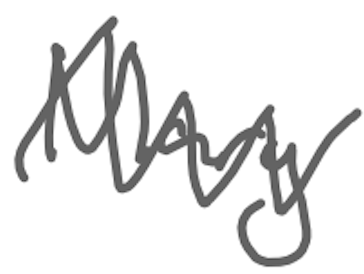
Text: Mary
Cross-out: zig-zag
Writing tool: digital_gray